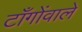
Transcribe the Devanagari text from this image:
टाँगोंवाले